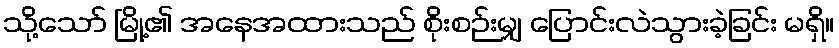
သို့သော် မြို့၏ အနေအထားသည် စိုးစဉ်းမျှ ပြောင်းလဲသွားခဲ့ခြင်း မရှိ။